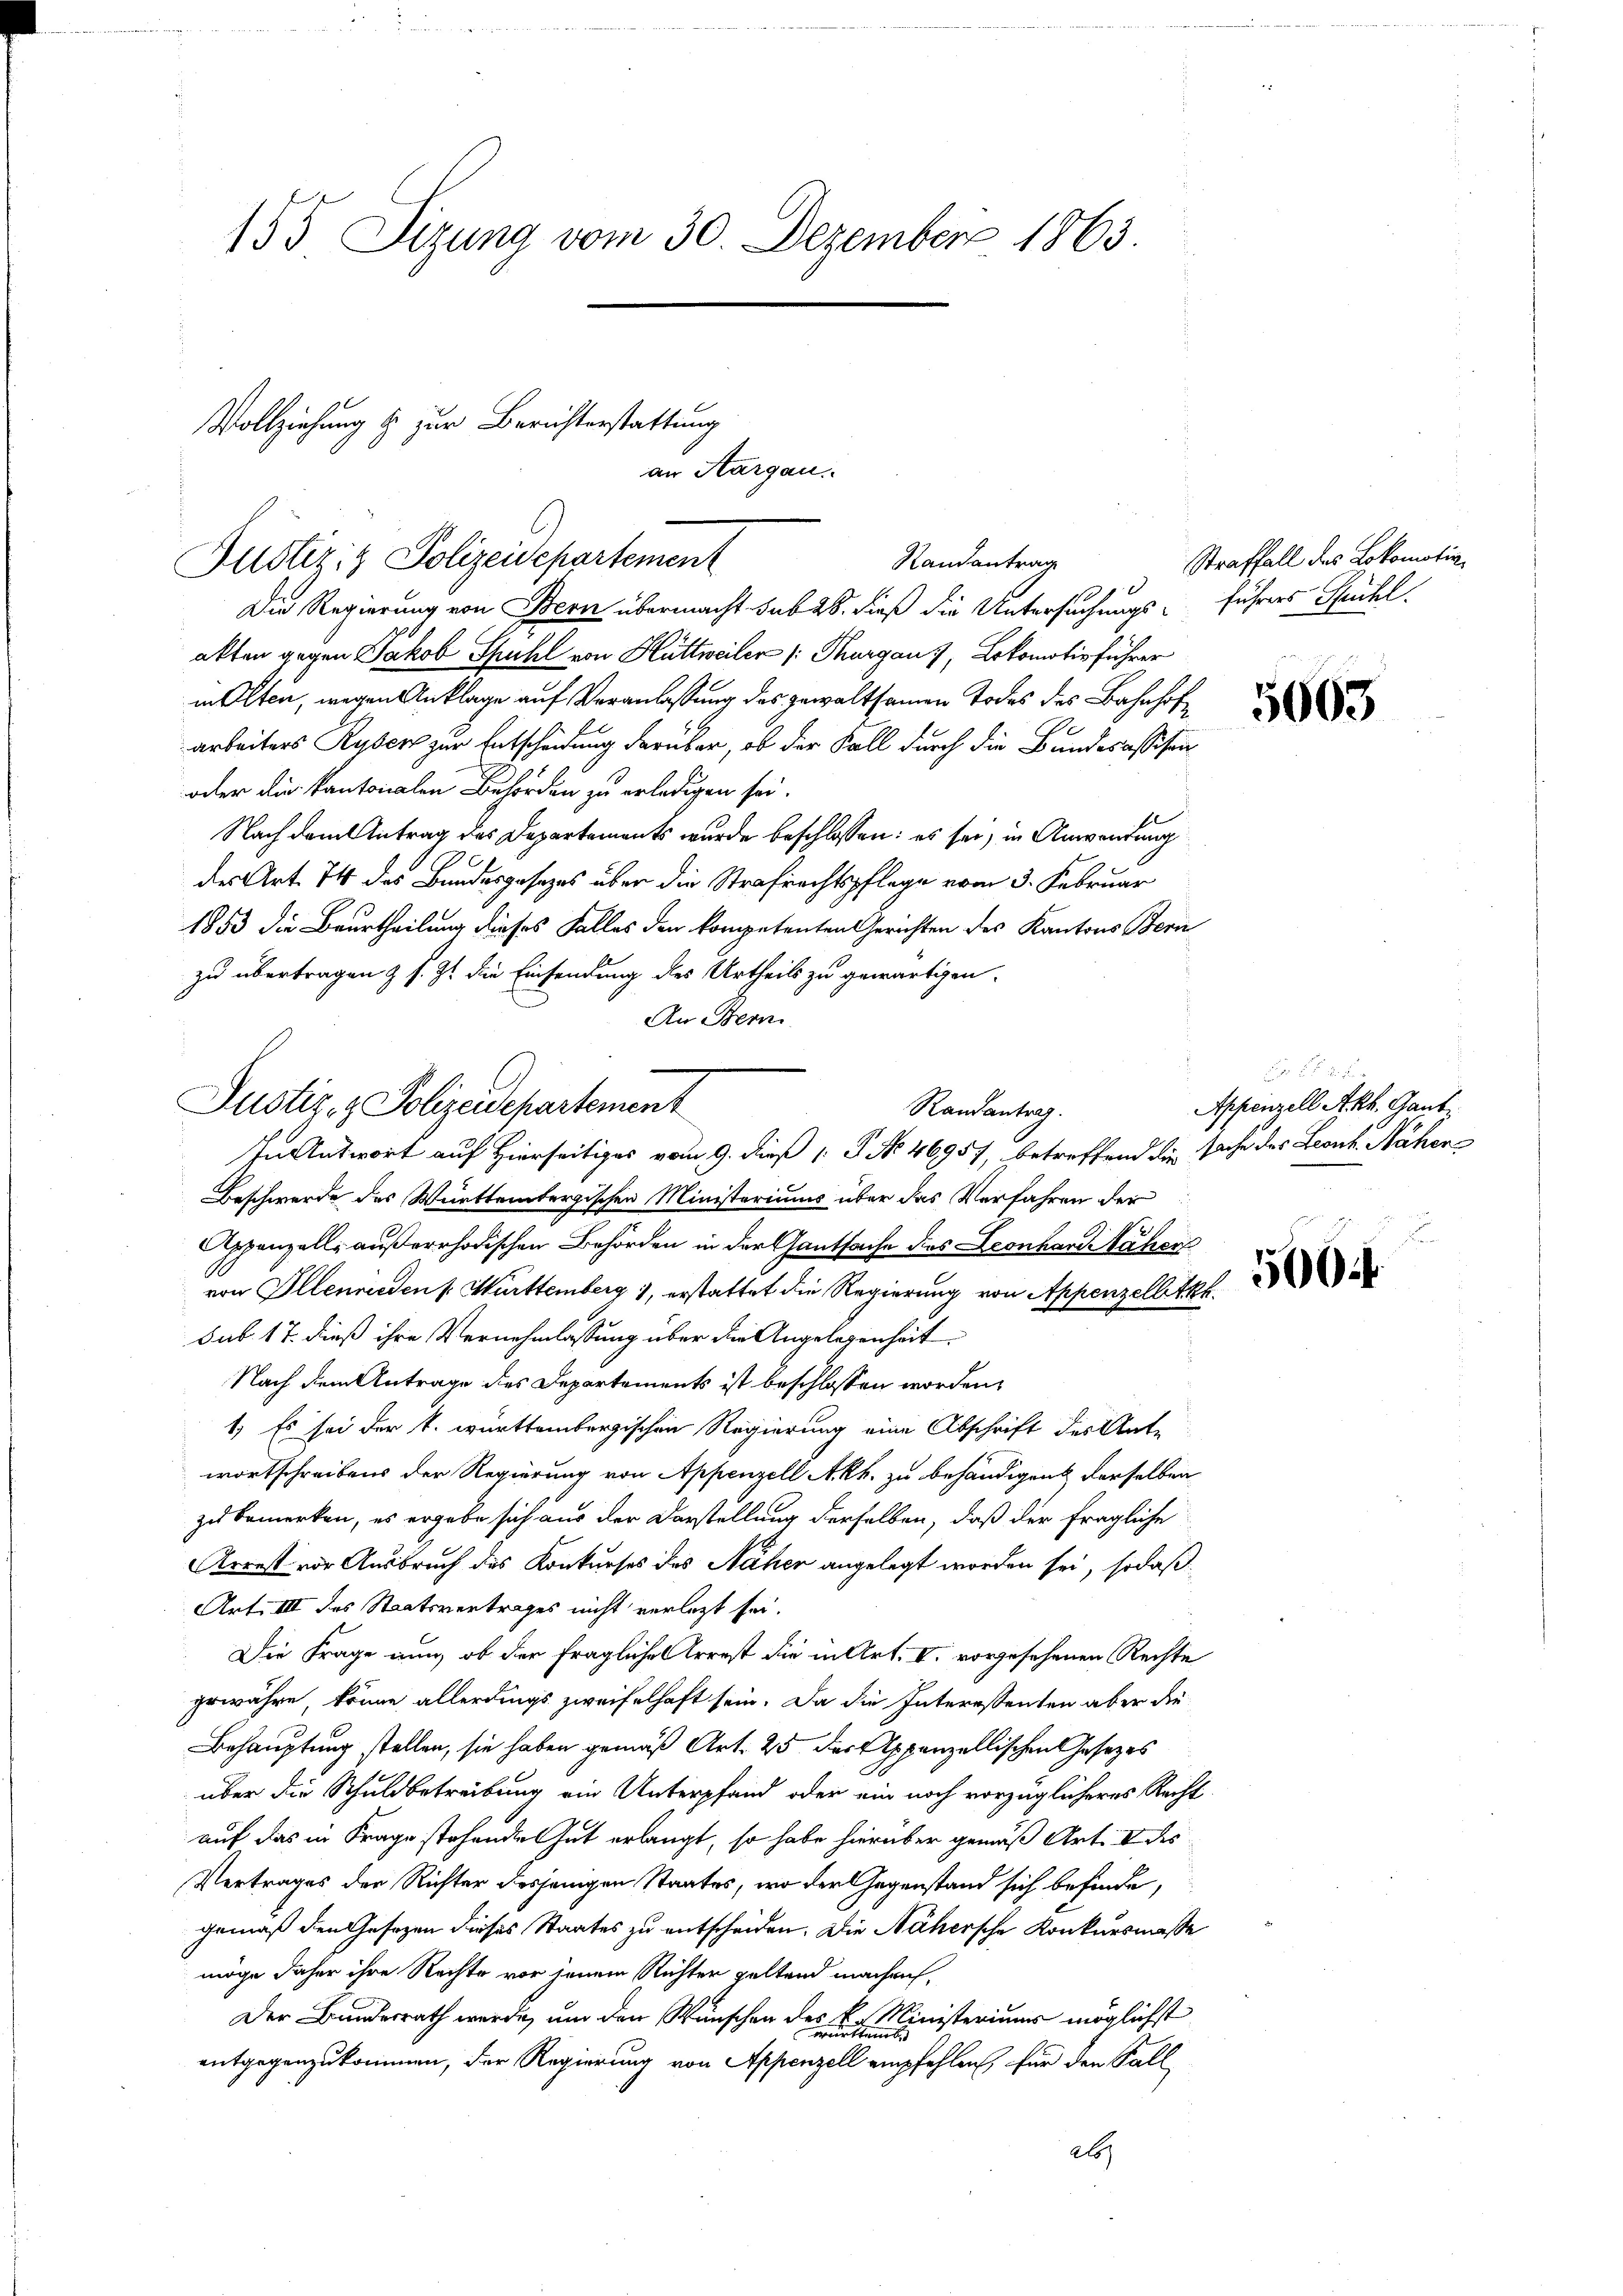
155 Sizung vom 30. Dezember 1863.

Vollziehung & zur Berichterstattung
Justizig Polizeidepartement
Randantrag

an Aargau.

Die Regierung von Bern übermacht sub 28. dieß die Untersuchungs- führers Spühl.
akten gegen Jakob Spuhl von Huttweiler (: Thurgau), Lokomotivführer
in Olten, wegen Anklage auf Veranlassung des gewaltsamen Todes des Bahnhofarbeiters Rysers zur Entscheidung darüber, ob der Fall durch die Bundesassesen
oder die kantonalen Behörden zu erledigen sei.
Nach dem Antrag des Departements wurde beschlossen: es sei, in Anwendung
des Art. 74 des Bundesgesetzes über die Strafrechtspflege vom 3. Februar
1853 die Beurtheilung dieses Falles den kompetenten Gerichten des Kantons Bern
zu übertragen & s. Zt. die Einsendung des Urtheils zu gewärtigen.
An Bern
Beschwerde des Württembergischen Ministeriums über das Verfahren der
Appenzelle außerrhodischen Behörden in der Gautsache dies Leonhard Nähere
von Illenrieden Württemberg 1, erstattet die Regierung von Appenzellette.
sub 17. dieß ihre Vernehmlassung über die Angelegenheit
Nach dem Antrage des Departements ist beschlossen worden,
1) Es sei der k. württembergischen Regierung eine Abschrift des Ante
wortschreibens der Regierung von Appenzell A.Rh. zu behändigen derselben
zu bemerken, es ergebe sich aus der Darstellung derselben, daß der fragliche
Arrest vor Ausbruch des Konkurses des Näher angelegt worden sei, sodaß
Art. III des Staatsvertrages nicht verlegt sei.
Die Frage nun, ob der fragliche Arrest die in Art. V. vorgesehenen Rechte
gewähre, könne allerdings zweifelhaft sein. Da die Interessenten aber die
Behauptung stellen, sie haben gemäß Art. 25 der Appenzellischen Gesetzes
über die Schuldbetreibung ein Unterpfand oder ein noch vorzüglicheres Recht
auf das in Frage stehende Gut erlangt, so habe hierüber gemäß Art. V des
Vertrages der Richter desjenigen Staates, wo der Gegenstand sich befinde,
gemäß den Gesezen dieses Staates zu entscheiden. Die Nähersche Konkursmasse
möge daher ihre Rechte vor jenem Richter geltend machen,
Der Bundesrath werde, um den Wünschen des E. Ministeriums möglichst
entgegenzukommen, der Regierung von Appenzell empfehlen, für den Sall
a

Justiz- & Polizeidepartement
In Antwort auf Hierseitiges vom 9. dieß P. No 46957, betreffend die sache des Leonh. Näher

Randantrag.

Straffall des Lokomotiv

5003

Appenzell Akh. Staub

560.